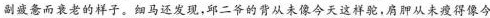
副疲惫而衰老的样子。细马还发现，邱二爷的背从未像今天这样驼，肩胛从未瘦得像今